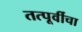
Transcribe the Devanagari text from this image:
तत्पूर्वीचा